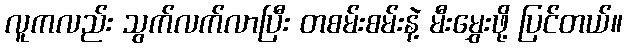
လူကလည်း သွက်လက်လာပြီး တစမ်းစမ်းနဲ့ မီးမွှေးဖို့ ပြင်တယ်။